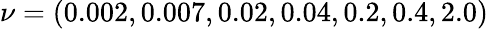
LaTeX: \nu=(0.002,0.007,0.02,0.04,0.2,0.4,2.0)